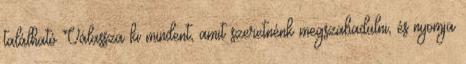
található Válassza ki mindent, amit szeretnénk megszabadulni, és nyomja